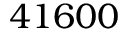
4 1 6 0 0